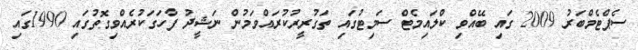
ސެޕްޓެމްބަރު 2009 ގައި ބޭއްވި ކްލައިމެޓް ސަމިޓުގައި ތަގުރީރުކުރައްވަމުން ނަޝީދު ފާހަގަކުރެއްވިގޮތުގައި 1990ގައި